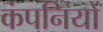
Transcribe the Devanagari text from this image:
कंपनियों